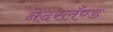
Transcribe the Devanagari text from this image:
नेदरलँण्ड